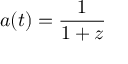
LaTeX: \! a ( t ) = { \frac { 1 } { 1 + z } }